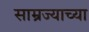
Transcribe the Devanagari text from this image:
साम्रज्याच्या